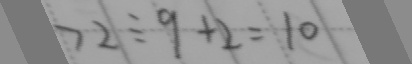
7 2 \div 9 + 2 = 1 0